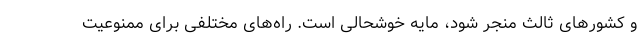
و کشورهای ثالث منجر شود، مایه خوشحالی است. راه‌های مختلفی برای ممنوعیت